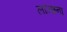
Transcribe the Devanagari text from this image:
लाञ्छना